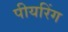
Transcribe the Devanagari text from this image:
पीयरिंग